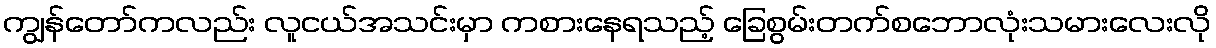
ကျွန်တော်ကလည်း လူငယ်အသင်းမှာ ကစားနေရသည့် ခြေစွမ်းတက်စဘောလုံးသမားလေးလို